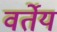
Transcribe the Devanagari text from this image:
वर्तेय